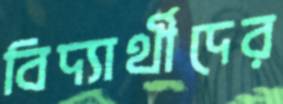
বিদ্যার্থীদের